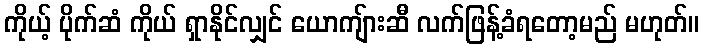
ကိုယ့် ပိုက်ဆံ ကိုယ် ရှာနိုင်လျှင် ယောကျ်ားဆီ လက်ဖြန့်ခံရတော့မည် မဟုတ်။